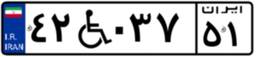
۴۲W۰۳۷۵۱